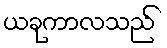
ယခုကာလသည်